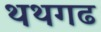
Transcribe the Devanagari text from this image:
थथगढ